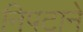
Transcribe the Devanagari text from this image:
निपटाने